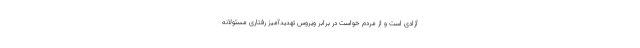
آزادی است و از مردم خواست در برابر ویروس تهدیدآمیز رفتاری مسئولانه